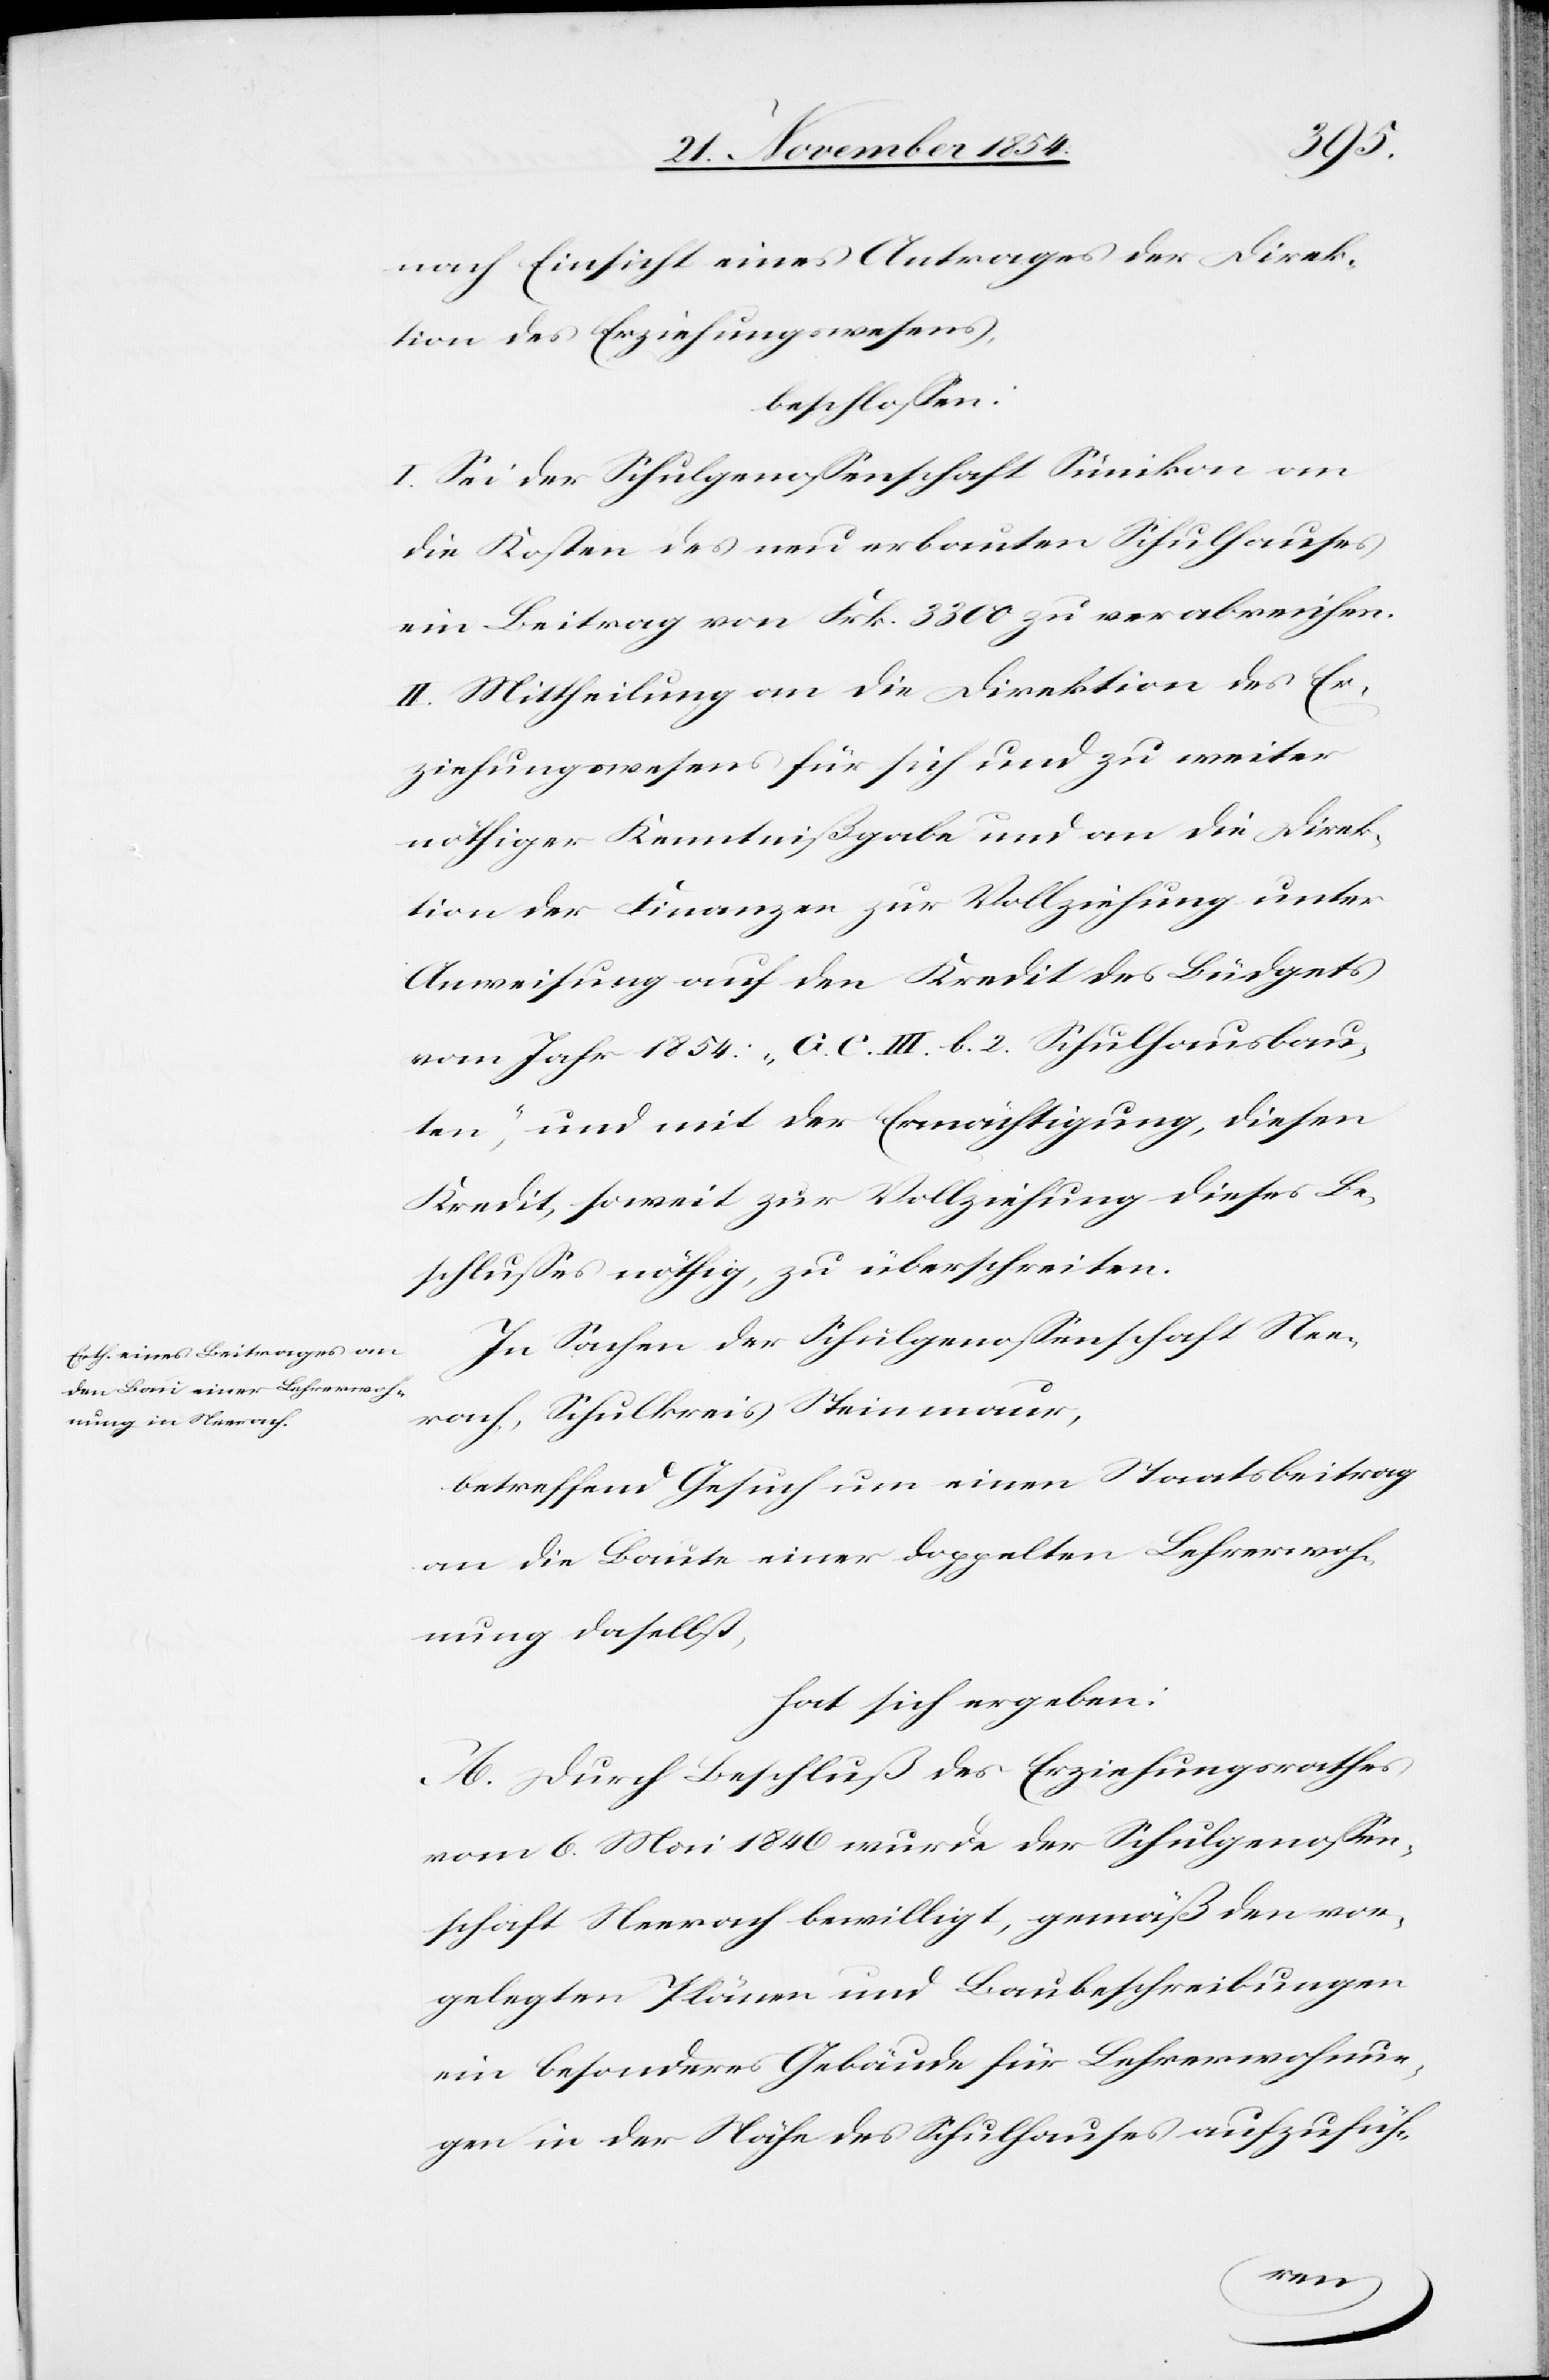
nach Einsicht eines Antrages der Direk¬
tion des Erziehungswesens,
beschloßen:
I. Sei der Schulgenoßenschaft Sünikon an
die Kosten des neu erbauten Schulhauses
ein Beitrag von Frk. 3300 zu verabreichen.
II. Mittheilung an die Direktion des Er¬
ziehungswesens für sich und zu weiter
nöthiger Kenntnißgabe und an die Direk¬
tion der Finanzen zur Vollziehung unter
Anweisung auf den Kredit des Büdgets
vom Jahr 1854: „G. C. III. b. 2. Schulhausbau¬
ten“, und mit der Ermächtigung, diesen
Kredit soweit zur Vollziehung dieses Be¬
schlußes nöthig, zu überschreiten.
In Sachen der Schulgenoßenschaft Nee¬
rach, Schulkreis Steinmaur,
betreffend Gesuch um einen Staatsbeitrag
an die Baute einer doppelten Lehrerwoh¬
nung daselbst,
hat sich ergeben:
A. Durch Beschluß des Erziehungsrathes
vom 6. Mai 1846 wurde der Schulgenoßen¬
schaft Neerach bewilligt, gemäß den vor¬
gelegten Plänen und Baubeschreibungen
ein besonderes Gebäude für Lehrerwohnun¬
gen in der Nähe des Schulhauses aufzufüh-